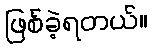
ဖြစ်ခဲ့ရတယ်။